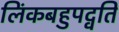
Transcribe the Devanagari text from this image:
लिंकबहुपद्वति